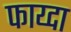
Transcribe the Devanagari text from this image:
फाय्दा